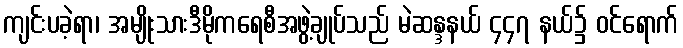
ကျင်းပခဲ့ရာ၊ အမျိုးသားဒီမိုကရေစီအဖွဲ့ချုပ်သည် မဲဆန္ဒနယ် ၄၄၇ နယ်၌ ဝင်ရောက်